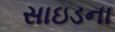
સાઇડના